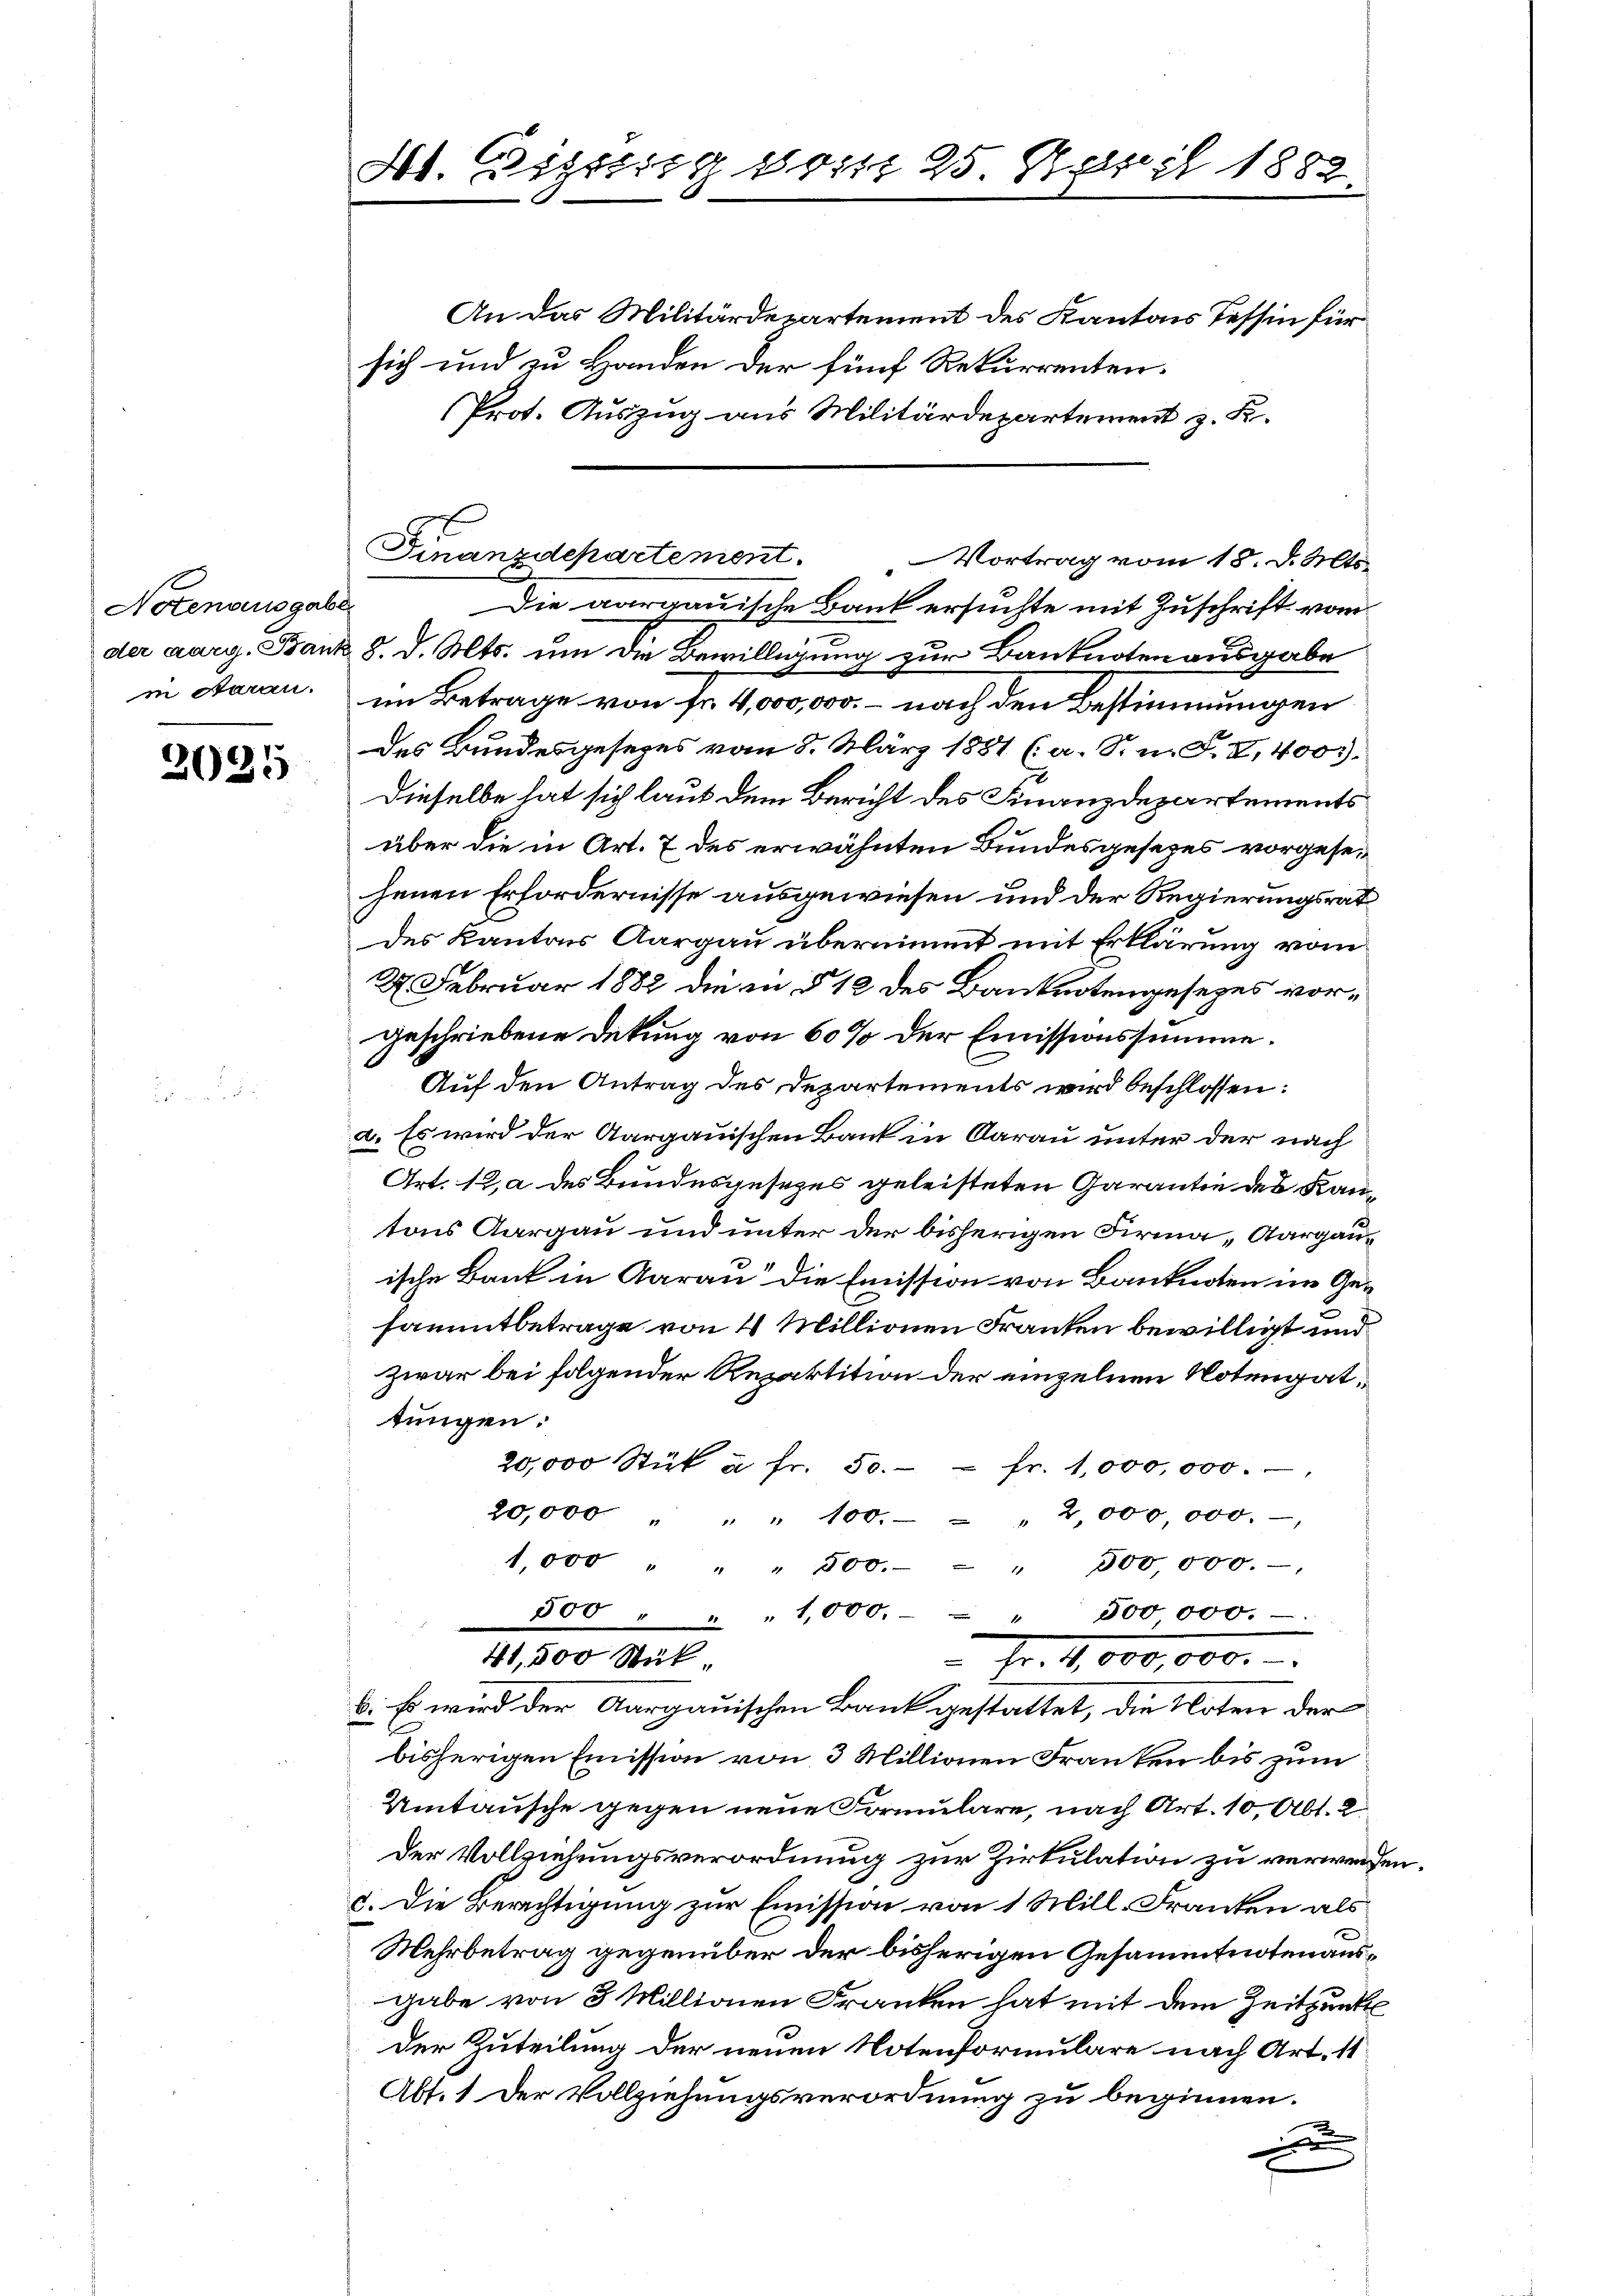
Notenausgabe
in Saran.

2025

St. Gigung vom 25. April 1882.

An das Militärdepartement des Kantons Tessin für
sich und zu Handen der fünf Rekurrenten.
Prot. Auszug aus Militärdepartement z. K.
Vortrag vom 18. d. Mts.
Die aargauische Bank ersuchte mit Zuschrift vom
der aarg. Bank, 8. d. Mts. um die Bewilligung zur Banknoten ausgabe
im Betrage von fr. 4,000,000. – nach den Bestimmungen
des Bundesgesezes vom 8. März 1881 (a. S. n. F. II, 400.
Dieselbe hat sich laut dem Bericht des Finanzdepartements
über die in Art. 7 des erwähnten Bundesgesezes vorgesejenen Erfordernisse ausgewiesen und der Regierungsrat
des Kantons Aargau übernimmt mit Erklärung vom
2. Februar 1882 die in § 12 des Banknotengesezes vorgeschriebene Deckung von 60% der Emissionssumme.
Auf den Antrag des Departements wird beschlossen:
a. Es wird der Aargauischen Bank in Aarau unter der nach
Art. 12, a des Bundesgesezes geleisteten Garantie des Kantons Aargau und unter der bisherigen Firma „Aargauische Bank in Aarau die Emission von Banknoten im Gesammtbetrage von 4 Millionen Franken bewilligt und
zwar bei folgender Rezaktition der einzelnen Notengattungen:
20,000 Stük à fr. 50. - - fr. 1,000,000.-,
20,000 " " " 100. 2,000,000.-
1,000 " " " 800. - " 500,000.-
500 " " " 1,000. - " 500 000.-
41,500 Stück
Fr. 4. 600,000.
b. Es wird der Aargauischen Bank gestattet, die Noten der
bisherigen Emission von 3 Millionen Franken bis zum
Umtausche gegen neue Formulare, nach Art. 10, Abt. 2
Der Vollziehungsverordnung zur Zirkulation zu verwenden.
c. Die Berechtigung zur Emission von 1 Mill-Franken als
Mehrbetrag gegenüber der bisherigen Gesammtnoten ausgabe von 3 Millionen Franken hat mit dem Zeitpunk
der Zuteilung der neuen Notenformulare nach Art. 11
Abt. 1 der Vollziehungsverordnung zu beginnen.
e
x

Finanzdepartement.